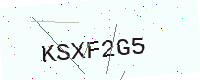
Text: KSXF2G5